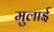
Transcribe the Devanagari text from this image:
मुलाई